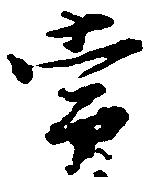
常